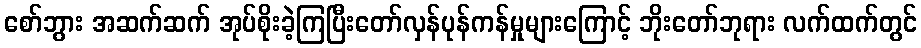
စော်ဘွား အဆက်ဆက် အုပ်စိုးခဲ့ကြပြီးတော်လှန်ပုန်ကန်မှုများကြောင့် ဘိုးတော်ဘုရား လက်ထက်တွင်